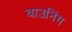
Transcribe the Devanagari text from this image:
बाउनिंग